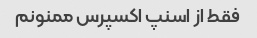
فقط از اسنپ اکسپرس ممنونم